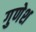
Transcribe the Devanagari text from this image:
गुणेश